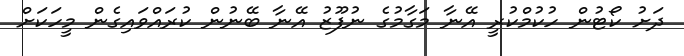
ދަށު ކޯޓުން ހުކުމްކުރީ އޭނާ މަގާމުގެ ނުފޫޒު އޭނާ ބޭނުން ކުރައްވައިގެން މީހަކަށް